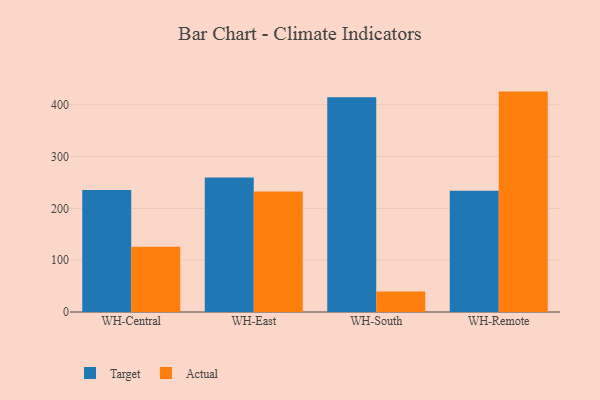
{"axis": {"x": "Warehouse", "y": "Active Users"}, "legend": ["Actual", "Target"], "data": [{"x": "WH-Central", "y": 235.5, "type": "Target"}, {"x": "WH-Central", "y": 125.7, "type": "Actual"}, {"x": "WH-East", "y": 259.6, "type": "Target"}, {"x": "WH-East", "y": 232.7, "type": "Actual"}, {"x": "WH-South", "y": 414.7, "type": "Target"}, {"x": "WH-South", "y": 39.5, "type": "Actual"}, {"x": "WH-Remote", "y": 234.0, "type": "Target"}, {"x": "WH-Remote", "y": 425.4, "type": "Actual"}]}